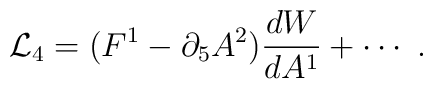
{\cal L}_4 =   (F^1-\partial_5 A^2) {dW\over d A^1} + \cdots\ .